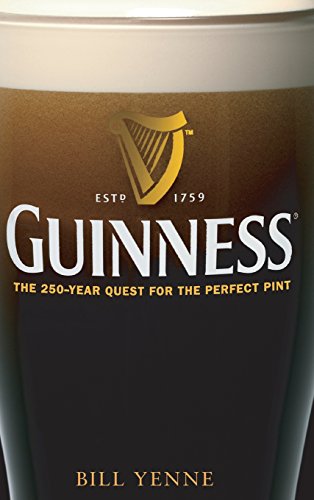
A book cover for Guinness: The 250 Year Quest for the Perfect Pint; Bill Yenne; Business & Money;